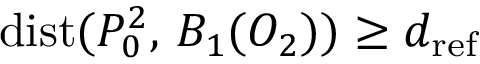
\mathrm { d i s t } ( P _ { 0 } ^ { 2 } , \, B _ { 1 } ( O _ { 2 } ) ) \geq d _ { \mathrm { r e f } }